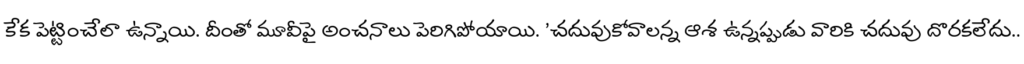
కేక పెట్టించేలా ఉన్నాయి. దీంతో మూవీపై అంచనాలు పెరిగిపోయాయి. 'చదువుకోవాలన్న ఆశ ఉన్నప్పుడు వారికి చదువు దొరకలేదు..